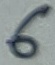
Text: 6